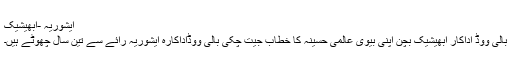
ایشوریہ -ابھیشیک
بالی ووڈ اداکار ابھیشیک بچن اپنی بیوی عالمی حسینہ کا خطاب جیت چکی بالی ووڈاداکارہ ایشوریہ رائے سے تین سال چھوٹے ہیں۔